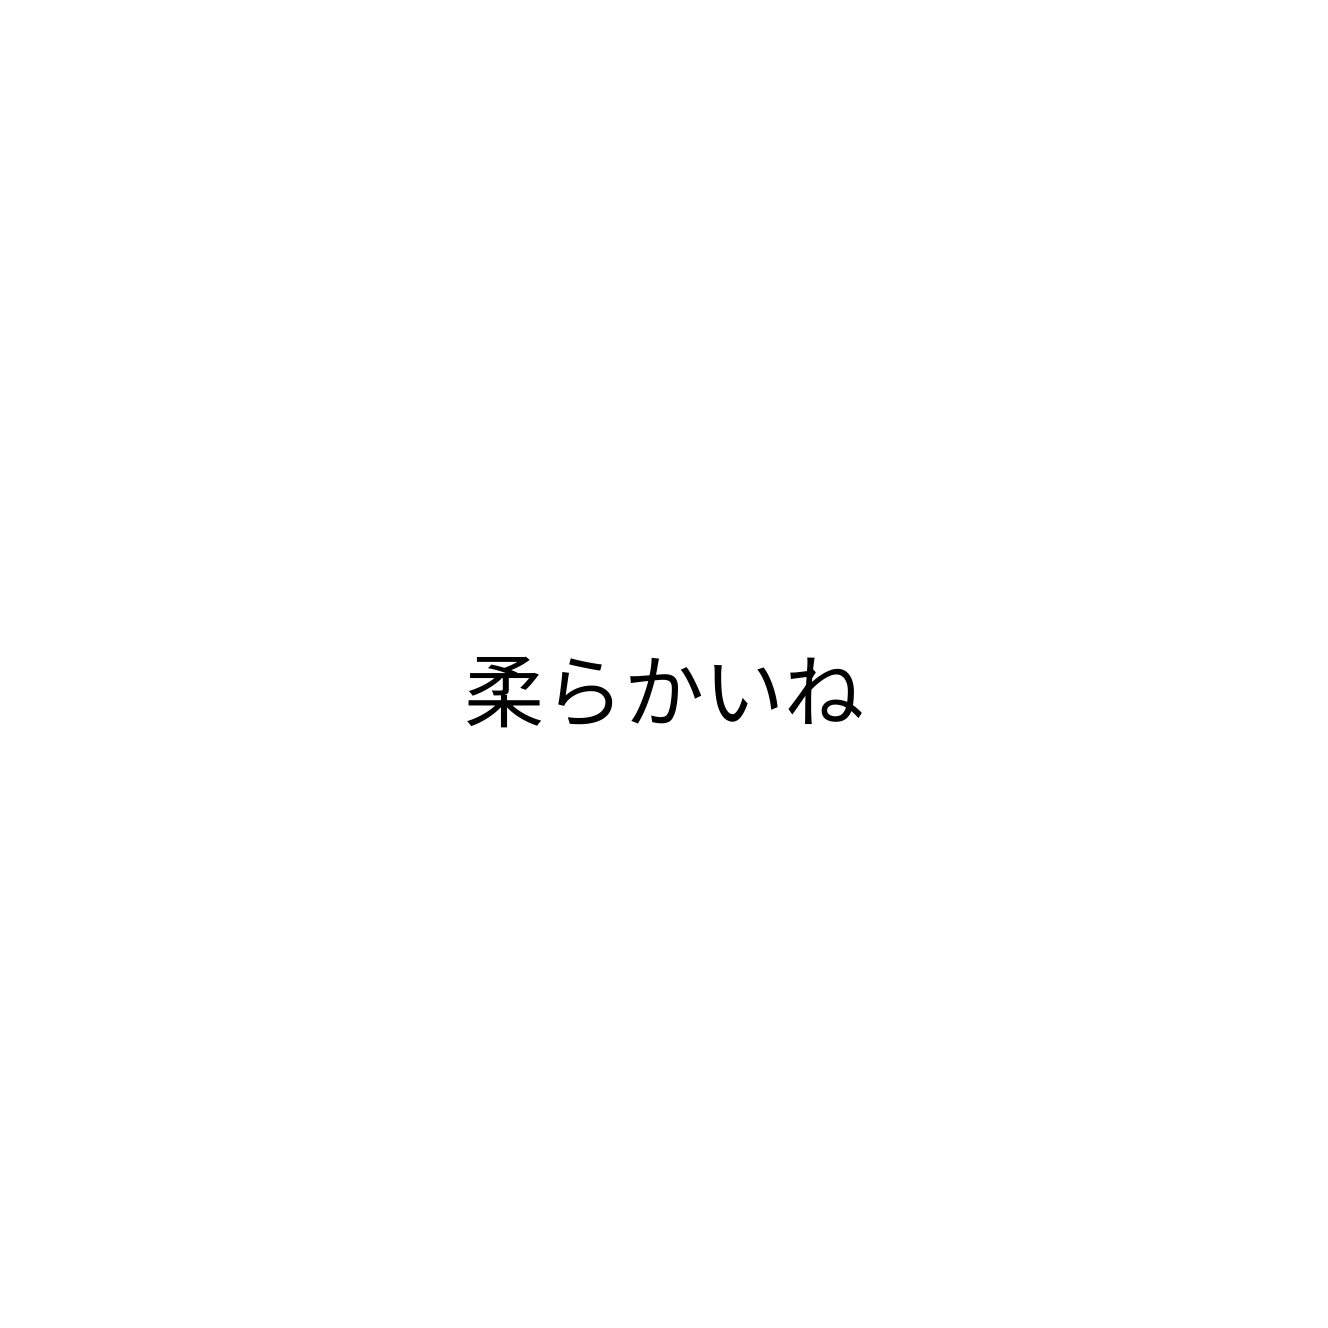
柔らかいね